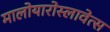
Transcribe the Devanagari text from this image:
मालोयारोस्लावेत्स